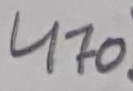
Text: 470